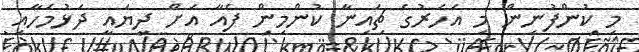
މި ކުންފުނިން މި އަހަރުގެ ޗައިނާ ކުންމިން ފެއާ އަށް ދިޔައީ ދަޅުމަހާއި